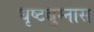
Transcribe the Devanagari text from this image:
धृष्टद्युम्नास